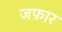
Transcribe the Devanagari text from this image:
जफ़ार